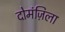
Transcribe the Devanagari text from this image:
दोमंज़िला